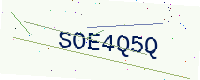
Text: SOE4Q5Q